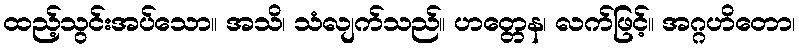
ထည့်သွင်းအပ်သော။ အသိ၊ သံလျက်သည်။ ဟတ္တေန၊ လက်ဖြင့်။ အဂ္ဂဟိတော၊